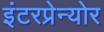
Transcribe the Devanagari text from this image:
इंटरप्रेन्योर